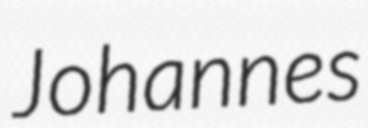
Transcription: Johannes